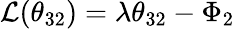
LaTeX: {\cal L}(\theta_{32})=\lambda\theta_{32}-\Phi_{2}